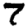
Digit: 7